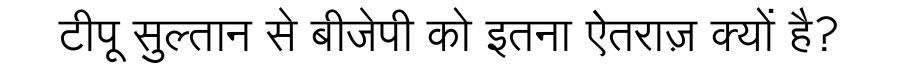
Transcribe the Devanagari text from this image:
टीपू सुल्तान से बीजेपी को इतना ऐतराज़ क्यों है?